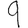
Digit: 9